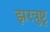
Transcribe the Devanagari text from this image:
झरत्रुष्ट्र